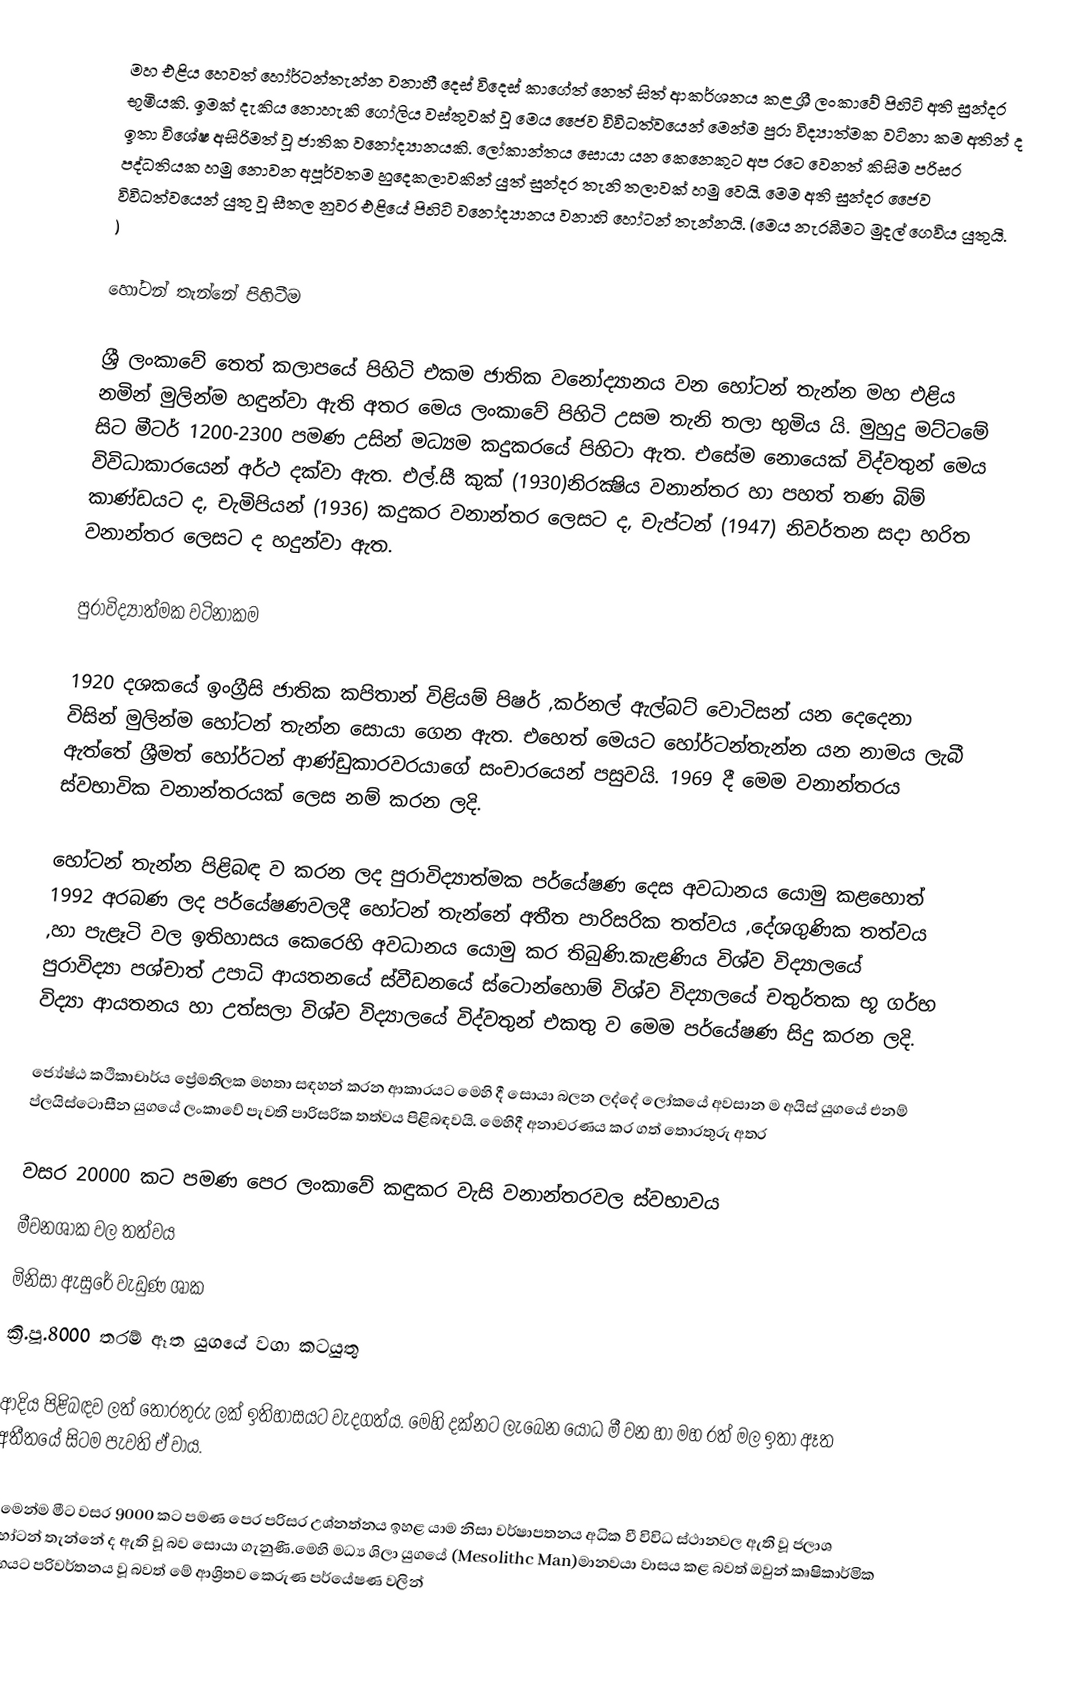
මහ එළිය හෙවත් හෝර්ටන්තැන්න  වනාහී දෙස් විදෙස් කාගේත් නෙත් සිත් ආකර්ශනය කළ ශ්‍රී ලංකාවේ පිහිටි අති සුන්දර භූමියකි. ඉමක් දැකිය නොහැකි ගෝලිය වස්තුවක් වූ මෙය ජෛව විවිධත්වයෙන් මෙන්ම පුරා විද්‍යාත්මක වටිනා කම අතින් ද ඉතා විශේෂ අසිරිමත් වූ ජාතික වනෝද්‍යානයකි. ලෝකාන්තය සොයා යන ‍කෙනෙකුට අප රටෙ වෙනත් කිසිම පරිසර පද්ධතියක හමු නොවන අපූර්වතම හුදෙකලාවකින් යුත් සුන්දර තැනි තලාවක් හමු වෙයි. මෙම අති සුන්දර ජෛව විවිධත්වයෙන් යුතු වූ සීතල නුවර එළියේ පිහිටි වනෝද්‍යානය වනාහි හෝටන් තැන්නයි. (මෙය නැරබීමට මුදල් ගෙවිය යුතුයි. )

හෝටන් තැන්නේ පිහිටීම

ශ්‍රී ලංකාවේ තෙත් කලාපයේ පිහිටි එකම ජාතික වනෝද්‍යානය වන හෝටන් තැන්න මහ එළිය නමින් මුලින්ම  හඳුන්වා ඇති අතර මෙය ලංකාවේ පිහිටි උසම තැනි තලා භුමිය යි. මුහුදු මට්ටමේ සිට මීටර් 1200-2300 පමණ උසින් මධ්‍යම කදුකරයේ පිහිටා ඇත. එසේම නොයෙක් විද්වතුන් ‍මෙය විවිධාකාරයෙන් අර්ථ දක්වා ඇත. එල්.සී කුක් (1930)නිරක්‍ෂිය වනාන්තර හා පහත් තණ බිම් කාණ්ඩයට ද, චැමිපියන් (1936) කදුකර වනාන්තර ලෙසට ද, චැප්ටන් (1947) නිවර්තන සදා හරිත වනාන්තර ලෙසට ද හදුන්වා ඇත.

පුරාවිද්‍යාත්මක වටිනාකම

1920 දශකයේ ඉංග්‍රීසි ජාතික කපිතාන් විළියම් පිෂර් ,කර්නල් ඇල්බට් වොටිසන් යන දෙදෙනා විසින් මුලින්ම හෝටන් තැන්න සොයා ගෙන ඇත. එහෙත් මෙයට හෝර්ටන්තැන්න යන නාමය ලැබී ඇත්තේ ශ්‍රීමත් හෝර්ටන් ආණ්ඩුකාරවරයාගේ සංචාරයෙන් පසුවයි. 1969 දී මෙම වනාන්තරය ස්වභාවික වනාන්තරයක් ලෙස නම් කරන ලදි.

හෝටන් තැන්න පිළිබඳ ව කරන ලද පුරාවිද්‍යාත්මක පර්යේෂණ දෙස අවධානය යොමු කළහොත් 1992 අරබණ ලද පර්යේෂණවලදී හෝටන් තැන්නේ අතීත පාරිසරික තත්වය ,දේශගුණික තත්වය ,හා පැළෑටි වල ඉතිහාසය කෙරෙහි අවධානය යොමු කර තිබුණි.කැළණිය විශ්ව විද්‍යාලයේ පුරාවිද්‍යා පශ්චාත් උපාධි ආයතනයේ ස්වීඩනයේ ස්ටොන්හොම් විශ්ව විද්‍යාලයේ චතුර්තක භූ ගර්භ විද්‍යා ආයතනය හා උත්සලා විශ්ව විද්‍යාලයේ විද්වතුන් එකතු ව මෙම පර්යේෂණ සිදු කරන ලදි.

ජ්‍යේෂ්ඨ කථිකාචාර්ය ප්‍රේමතිලක මහතා සඳහන් කරන ආකාරයට මෙහි දී සොයා බලන ලද්දේ ලෝකයේ අවසාන ම අයිස් යුගයේ එනම් ප්ලයිස්ටොසීන යුගයේ ලංකාවේ පැවති පාරිසරික තත්වය පිළිබඳවයි. මෙහිදී අනාවරණය කර ගත් තොරතුරු අතර

 වසර 20000 කට පමණ පෙර ලංකාවේ කඳුකර වැසි වනාන්තරවල  ස්වභාවය
 මීවනශාක වල තත්වය
 මිනිසා ඇසුරේ වැඩුණ ශාක
 ක්‍රි.පූ.8000 තරම් ඈත යුගයේ වගා කටයුතු

ආදිය පිළිබඳව ලත් තොරතුරු ලක් ඉතිහාසයට වැදගත්ය. මෙහි දක්නට ලැබෙන යෝධ මී වන හා මහ රත් මල ඉතා ඈත අතීතයේ සිටම පැවති ඒ වාය.

එමෙන්ම මීට වසර 9000 කට පමණ පෙර පරිසර උශ්නත්නය ඉහළ යාම නිසා වර්ෂාපතනය අධික වී විවිධ ස්ථානවල ඇති වූ ජලාශ හෝටන් තැන්නේ ද ඇති වූ බව සොයා ගැනුණී.මෙහි මධ්‍ය ශිලා යුගයේ (Mesolithc Man)මානවයා වාසය කළ බවත් ඔවුන් කෘෂිකාර්මික යුගයට පරිවර්තනය වූ බවත් මේ ආශ්‍රිතව කෙරුණ පර්යේෂණ වලින්